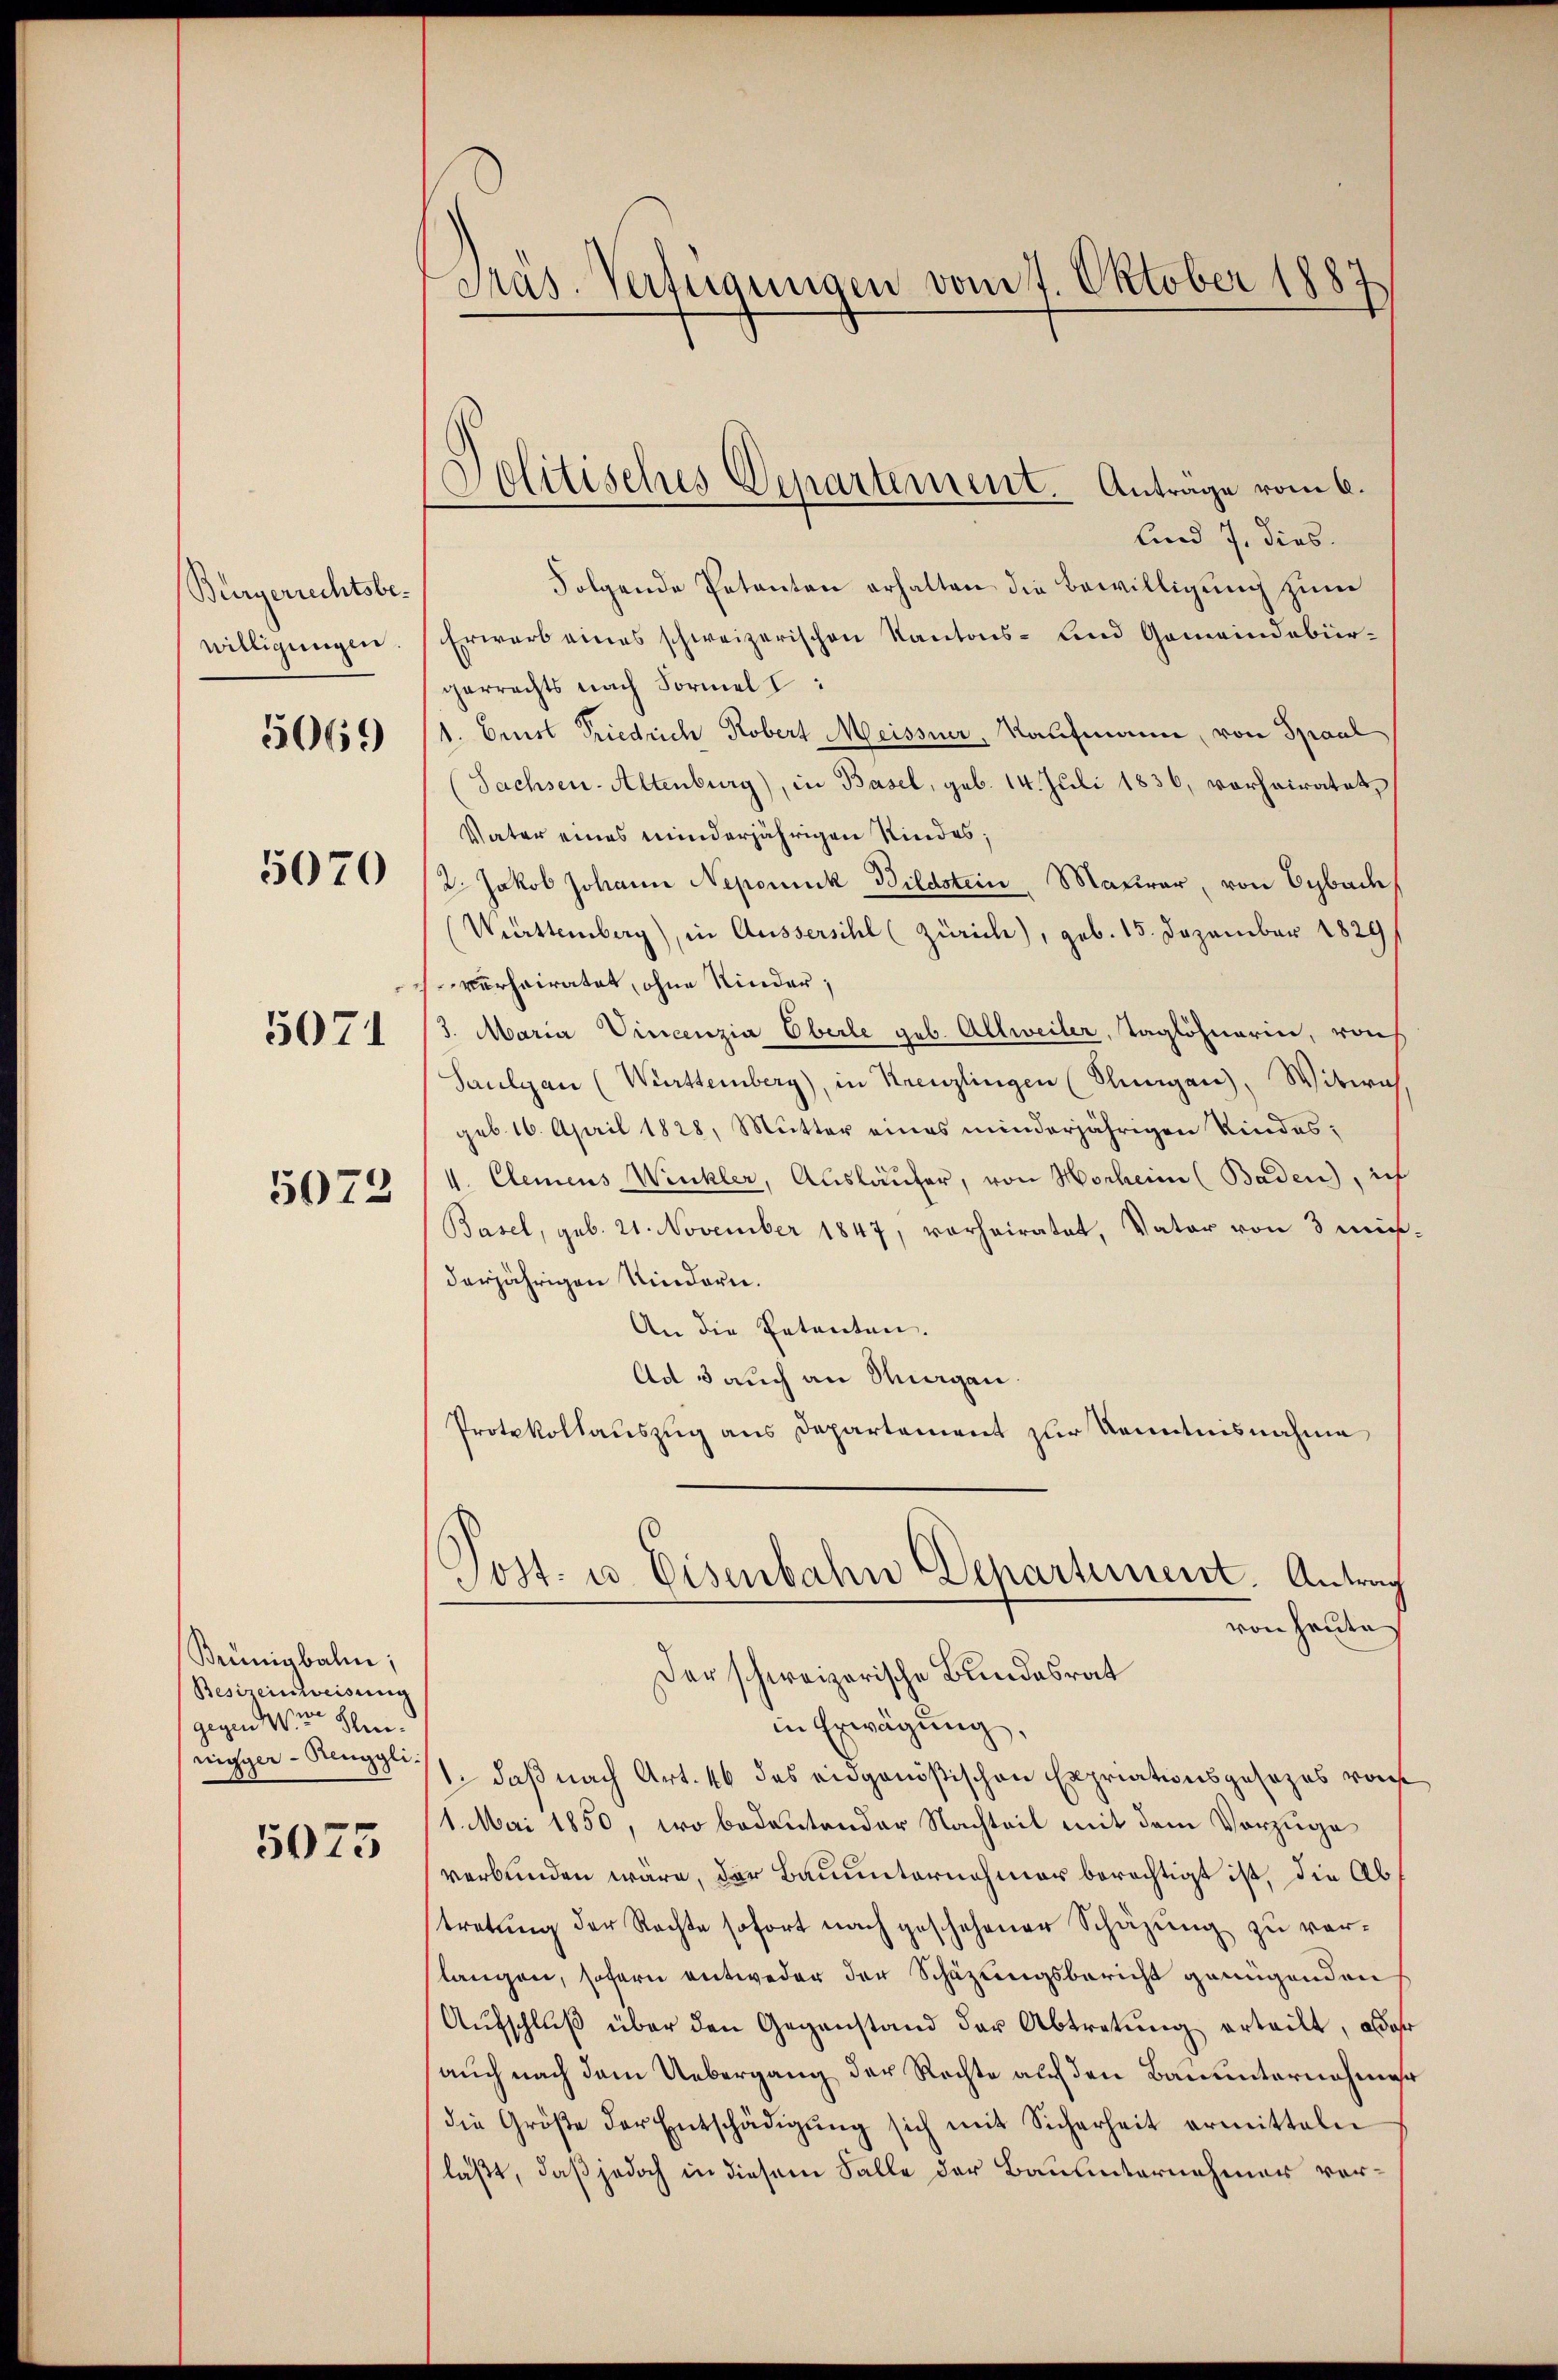
Bürgerrechtsbewilligungen
5070
5071

5069

5072

Brünigbalm;
Besizeinweisung
gegen wir sein.
nigger - Renggli.

5075

Pras. Verfügungen vom 7. Oktober 1887

Delitisches Departement. Anträge vom 6.

und 7. dies
Folgende Petenten erhalten die Bewilligung zum
Erwarb eines schweizerischen Kantons- und Gemeindebürgerrechts nach Formel I:
1. Erst Friedrich Robert Meissner, Kaufmann, von Spaal
(Sachsen-Altenburg), in Basel, geb. 14. Juli 1836, vorheiratet,
Vater eines minderjährigen Kindes;
/2. Jakob Johann Nepomuk Bildstein, Materar, von Eybade
Württemberg), in Äussersihl (Zürich), geb. 15. Dezember 1829/
verheiratet, ohne Kinder;
3. Maria Vincenzia Oberle geb. Allweiler, Taglöhnerin, von
Saulgan (Württemberg), in Kreuzlingen (Plungen), Witwe
geb. 16. April 1828, Mutter eines minderjährigen Kindes¬
V. Clemens Winkler, Ausläufer, von Horheim (Baden, ich
Basel, geb. 21. November 1847, vorheiratet, Vater von 3 mi-
derjährigen Kindern.
An die Petenten.
Ad 3 auch an Magen.
Protokollauszug aus Departement zur Kenntnisnahme
Post- u. Eisenbahn Departement. Antrag
von heute
Der schweizerische Bundesrat
in Erwägung
1. daß nach Art. 46 des eidgenößischen Expriationsgesezes von
(1. Mai 1850, wo bedeutender Nachteil mit dem Vorzuge
verbunden wäre, der Bauunternehmer berechtigt ist, die Abtretung der Rechte sofort nach geschehener Schazung zu verlangen, sofern entweder der Schazungsbericht genügenden
Aŭfschluß über den Gegenstand der Abtretung erteilt, oder
auch nach dem Uebergang der Rechte auf den Bauunternehmer
die Größe der Entschädigŭng sich mit Sicherheit ermitteln
laßt, daß jedoch in diesem Falle der Bau unternehmer vor¬